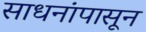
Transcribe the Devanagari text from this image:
साधनांपासून